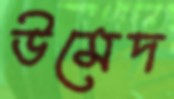
উমেদ